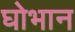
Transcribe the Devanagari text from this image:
घोभान